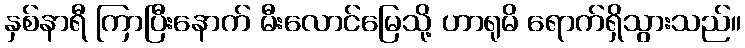
နှစ်နာရီ ကြာပြီးနောက် မီးလောင်မြေသို့ ဟာရုမိ ရောက်ရှိသွားသည်။